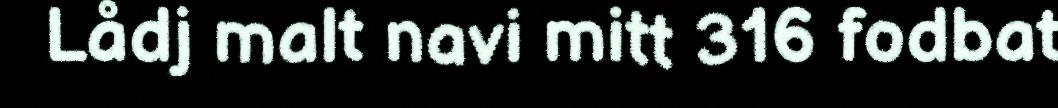
Lådj malt navi mitt 316 fodbat